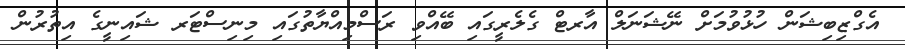
އެގްޒިބިޝަން ހުޅުވުމަށް ނޭޝަނަލް އާރޓް ގެލެރީގައި ބޭއްވި ރަސްމިއްޔާތުގައި މިނިސްޓަރ ޝައިނީގެ އިތުރުން